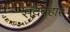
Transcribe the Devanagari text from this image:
सदबहार